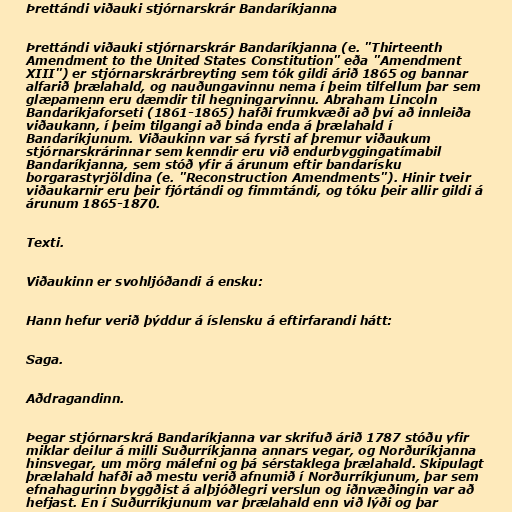
Þrettándi viðauki stjórnarskrár Bandaríkjanna

Þrettándi viðauki stjórnarskrár Bandaríkjanna (e. "Thirteenth
Amendment to the United States Constitution" eða "Amendment
XIII") er stjórnarskrárbreyting sem tók gildi árið 1865 og bannar
alfarið þrælahald, og nauðungavinnu nema í þeim tilfellum þar sem
glæpamenn eru dæmdir til hegningarvinnu. Abraham Lincoln
Bandaríkjaforseti (1861-1865) hafði frumkvæði að því að innleiða
viðaukann, í þeim tilgangi að binda enda á þrælahald í
Bandaríkjunum. Viðaukinn var sá fyrsti af þremur viðaukum
stjórnarskrárinnar sem kenndir eru við endurbyggingatímabil
Bandaríkjanna, sem stóð yfir á árunum eftir bandarísku
borgarastyrjöldina (e. "Reconstruction Amendments"). Hinir tveir
viðaukarnir eru þeir fjórtándi og fimmtándi, og tóku þeir allir gildi á
árunum 1865-1870.

Texti.

Viðaukinn er svohljóðandi á ensku:

Hann hefur verið þýddur á íslensku á eftirfarandi hátt:

Saga.

Aðdragandinn.

Þegar stjórnarskrá Bandaríkjanna var skrifuð árið 1787 stóðu yfir
miklar deilur á milli Suðurríkjanna annars vegar, og Norðuríkjanna
hinsvegar, um mörg málefni og þá sérstaklega þrælahald. Skipulagt
þrælahald hafði að mestu verið afnumið í Norðurríkjunum, þar sem
efnahagurinn byggðist á alþjóðlegri verslun og iðnvæðingin var að
hefjast. En í Suðurríkjunum var þrælahald enn við lýði og þar